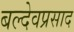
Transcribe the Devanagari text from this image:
बल्देवप्रसाद